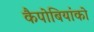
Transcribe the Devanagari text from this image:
कैपोबियांको